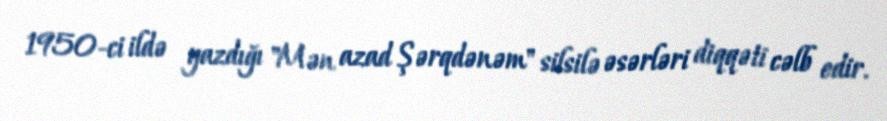
1950-ci ildə yazdığı "Mən azad Şərqdənəm" silsilə əsərləri diqqəti cəlb edir.